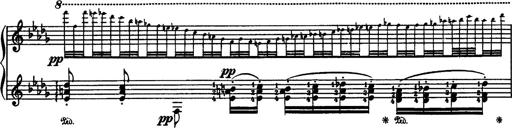
Title: Paraphrase de concert sur Rigoletto
Composer: Franz Liszt